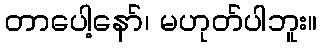
တာပေါ့နော်၊ မဟုတ်ပါဘူး။